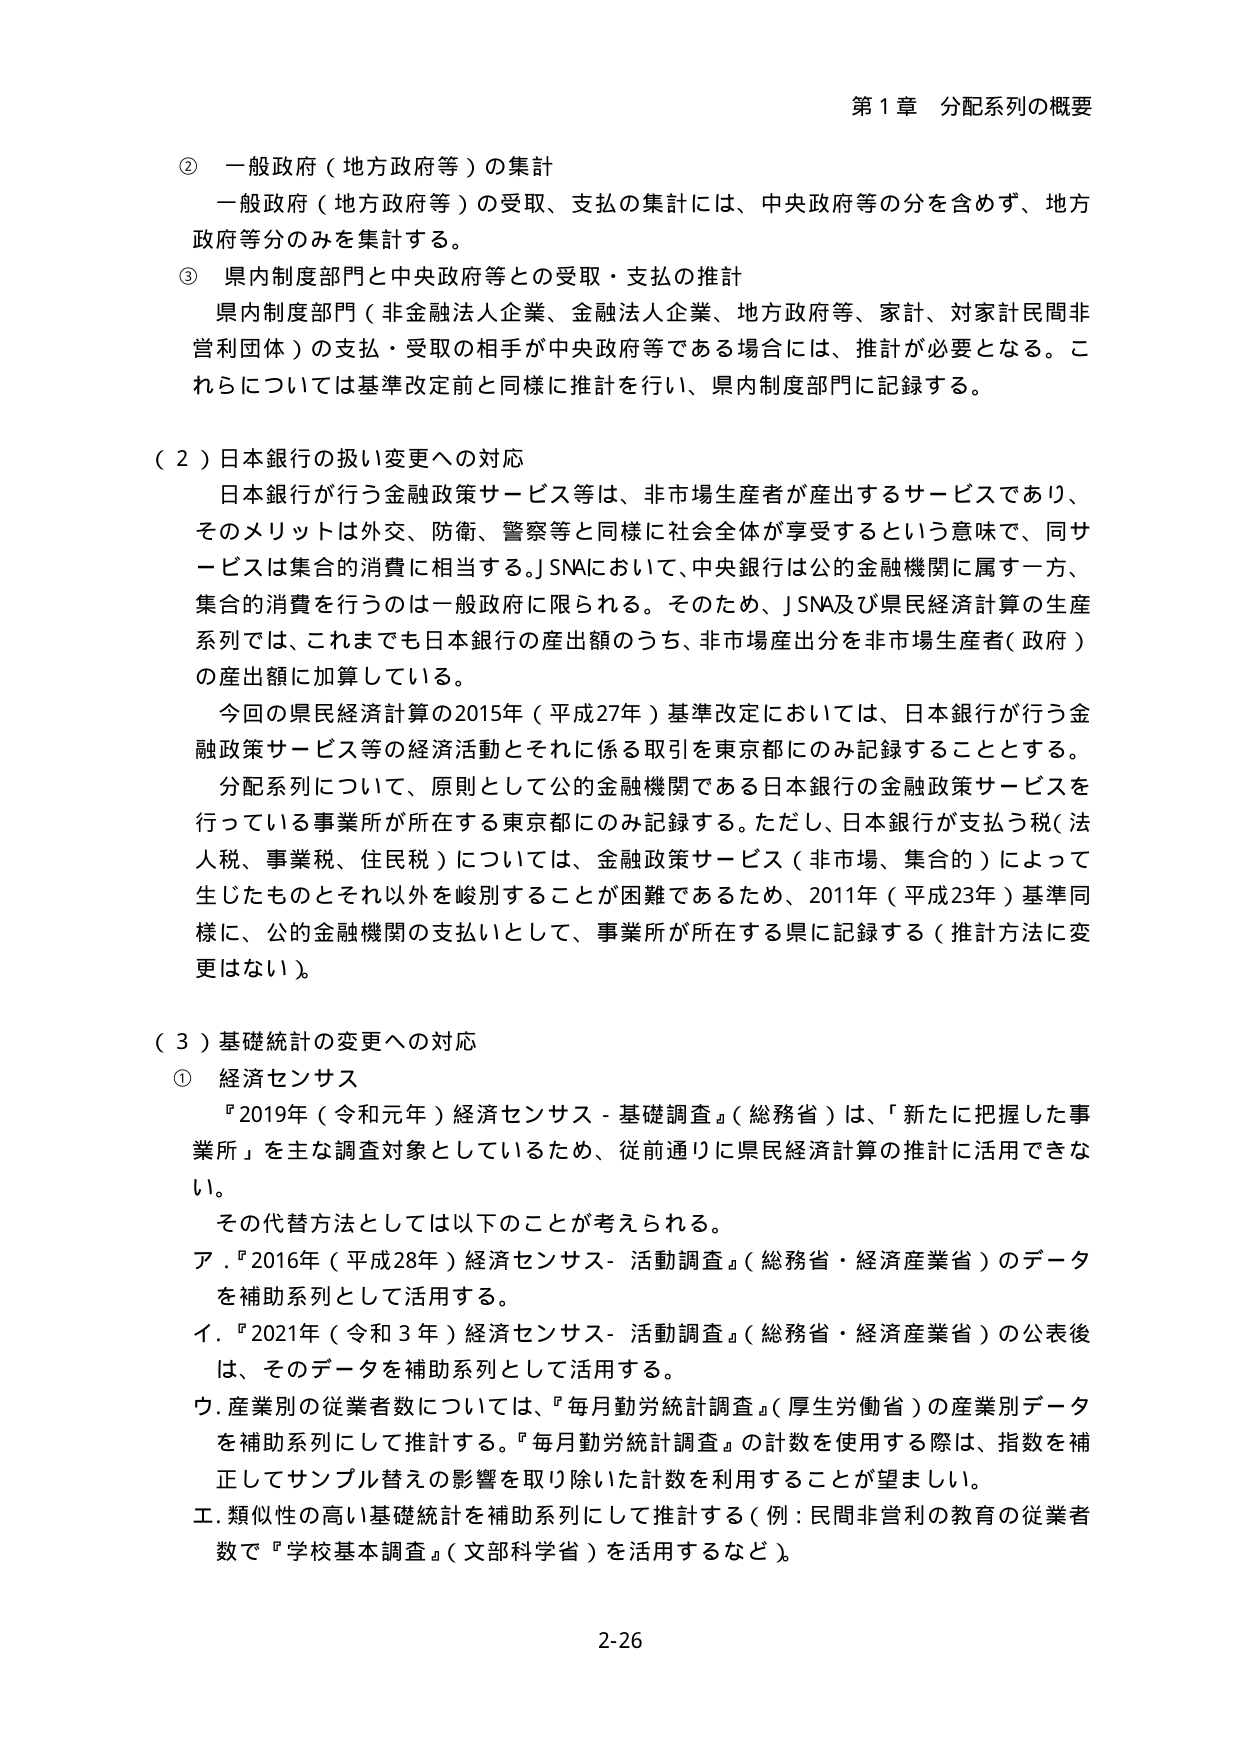
第1章 分配系列の概要

② 一般政府（地方政府等）の集計
一般政府（地方政府等）の受取、支払の集計には、中央政府等の分を含めず、地方政府等分のみを集計する。

③ 県内制度部門と中央政府等との受取・支払の推計
県内制度部門（非金融法人企業、金融法人企業、地方政府等、家計、対家計民間非営利団体）の支払・受取の相手が中央政府等である場合には、推計が必要となる。これらについては基準改定前と同様に推計を行い、県内制度部門に記録する。

（2）日本銀行の扱い変更への対応
日本銀行が行う金融政策サービス等は、非市場生産者が産出するサービスであり、そのメリットは外交、防衛、警察等と同様に社会全体が享受するという意味で、同サービスは集合的消費に相当する。J SNAにおいて、中央銀行は公的金融機関に属す一方、集合的消費を行うのは一般政府に限られる。そのため、J SNA及び県民経済計算の生産系列では、これまでも日本銀行の産出額のうち、非市場産出分を非市場生産者（政府）の産出額に加算している。
今回の県民経済計算の2015年（平成27年）基準改定においては、日本銀行が行う金融政策サービス等の経済活動とそれに係る取引を東京都にのみ記録することとする。
分配系列について、原則として公的金融機関である日本銀行の金融政策サービスを行っている事業所が所在する東京都にのみ記録する。ただし、日本銀行が支払う税（法人税、事業税、住民税）については、金融政策サービス（非市場、集合的）によって生じたものとそれ以外を峻別することが困難であるため、2011年（平成23年）基準同様に、公的金融機関の支払いとして、事業所が所在する県に記録する（推計方法に変更はない）。

（3）基礎統計の変更への対応
① 経済センサス
『2019年（令和元年）経済センサス－基礎調査』（総務省）は、「新たに把握した事業所」を主な調査対象としているため、従前通りに県民経済計算の推計に活用できない。
その代替方法としては以下ことが考えられる。
ア．『2016年（平成28年）経済センサス－活動調査』（総務省・経済産業省）のデータを補助系列として活用する。
イ．『2021年（令和3年）経済センサス－活動調査』（総務省・経済産業省）の公表後は、そのデータを補助系列として活用する。
ウ．産業別の従業者数については、『毎月勤労統計調査』（厚生労働省）の産業別データを補助系列にして推計する。『毎月勤労統計調査』の計数を使用する際は、指数を補正してサンプル替えの影響を取り除いた計数を利用することが望ましい。
エ．類似性の高い基礎統計を補助系列にして推計する（例：民間非営利の教育の従業者数で『学校基本調査』（文部科学省）を活用するなど）。

2-26